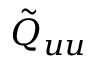
\tilde { Q } _ { u u }